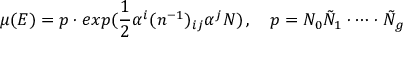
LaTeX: \mu ( E ) = p \cdot e x p ( \frac { 1 } { 2 } \alpha ^ { i } ( n ^ { - 1 } ) _ { i j } \alpha ^ { j } N ) \, , \quad p = N _ { 0 } \tilde { N } _ { 1 } \cdot \dots \cdot \tilde { N } _ { g }